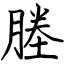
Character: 塍